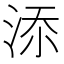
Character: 𣵚